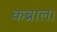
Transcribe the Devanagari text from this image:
कब्राल।